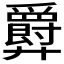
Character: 𫸤